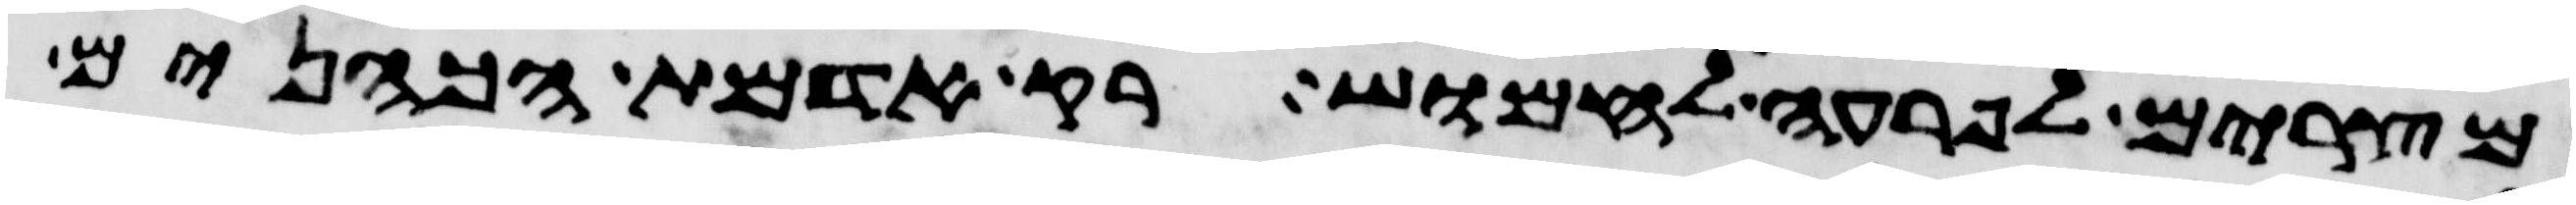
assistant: מצרים לפרעה לחמוש רק אדמת הכהנים